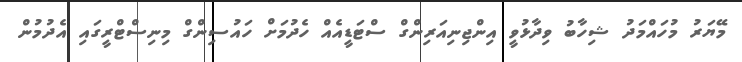
މޭޔަރު މުހައްމަދު ޝިހާބު ވިދާޅުވީ އިންޖިނިއަރިންގް ސްޓަޑީއެއް ހެދުމަށް ހައުސިންގް މިނިސްޓްރީގައި އެދުމުން